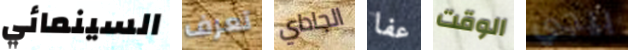
السينمائي تعرف الجاداي عفا الوقت بيجي